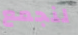
لنجمع